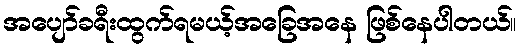
အပျော်ခရီးထွက်ရမယ့်အခြေအနေ ဖြစ်နေပါတယ်။